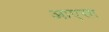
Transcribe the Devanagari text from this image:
आएसा